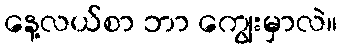
နေ့လယ်စာ ဘာ ကျွေးမှာလဲ။